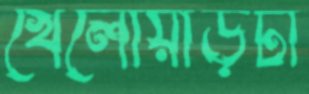
খেলোয়াড়টা